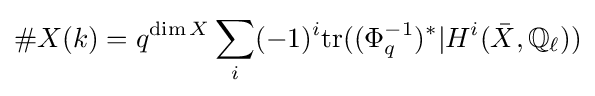
\#X(k)=q^{\dim X}\sum _{i}(-1)^{i}\mathrm {tr} ((\Phi _{q}^{-1})^{*}|H^{i}({\bar {X}},\mathbb {Q} _{\ell }))